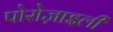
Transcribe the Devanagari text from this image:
पोरोज़ाइली